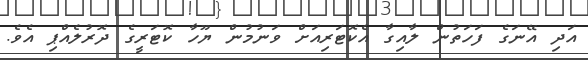
އަދި އޭނަގެ ފަހަތުން ލާއިގާ އެކޮޓަރިއަށް ވަނުމުން ޔޫހާ ކޮޓަރީގެ ދޮރުލެއްޕި އެވެ.